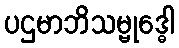
ပဌမာဘိသမ္ဗုဒ္ဓေါ